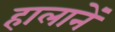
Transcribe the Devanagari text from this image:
हालानें